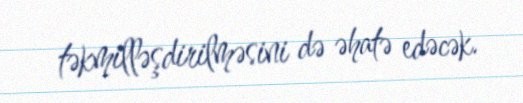
təkmilləşdirilməsini də əhatə edəcək.